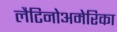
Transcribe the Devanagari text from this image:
लैटिनोअमेरिका